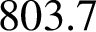
8 0 3 . 7